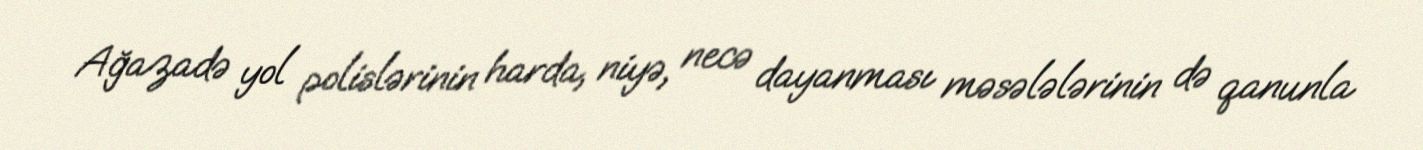
Ağazadə yol polislərinin harda, niyə, necə dayanması məsələlərinin də qanunla